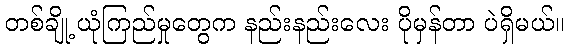
တစ်ချို့ ယုံကြည်မှုတွေက နည်းနည်းလေး ပိုမှန်တာ ပဲရှိမယ်။